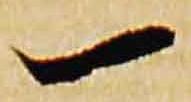
一